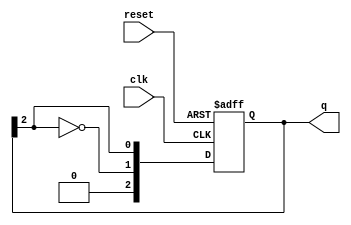
module johnson_counter #(
    parameter N = 3  // Number of flip-flops
)(
    input wire clk,      // Clock signal
    input wire reset,    // Asynchronous reset signal
    output reg [N-1:0] q // Output of the counter
);

    always @(posedge clk or posedge reset) begin
        if (reset) begin
            // Initialize the counter to a known state (usually all zeros)
            q <= 0;
        end else begin
            // Johnson Counter logic
            // Shift the output and invert the last flip-flop's output for feedback
            q <= {~q[N-1], q[N-1:N-1]};  // Shift and feedback
        end
    end

endmodule